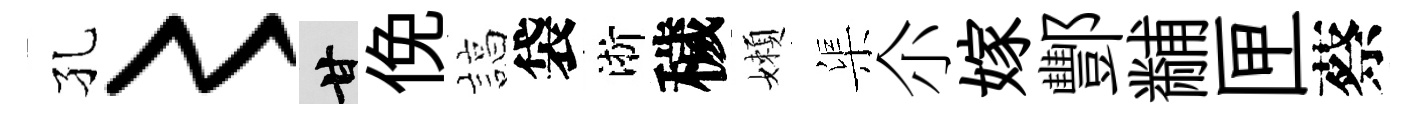
孔〻甘俛諄袋淅穢嬾渠尒嫁酆黼匣蔡